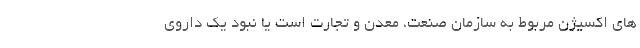
های اکسیژن مربوط به سازمان صنعت، معدن و تجارت است یا نبود یک داروی